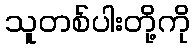
သူတစ်ပါးတို့ကို